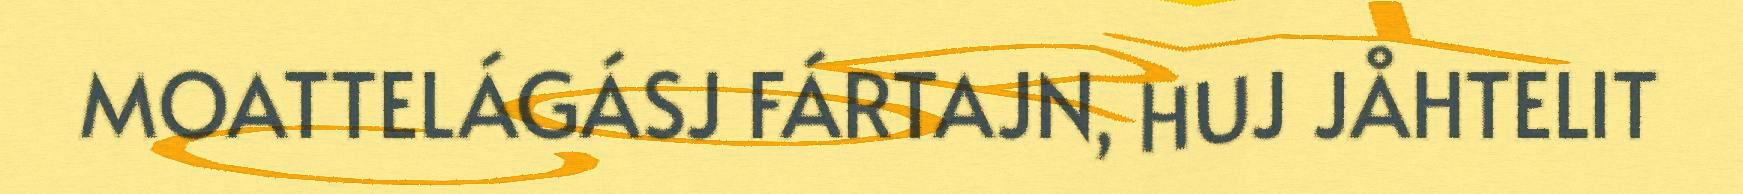
MOATTELÁGÁSJ FÁRTAJN, HUJ JÅHTELIT